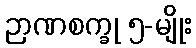
ဉာဏစက္ခု ၅-မျိုး